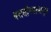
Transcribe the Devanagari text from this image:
वसतीस्थानातून